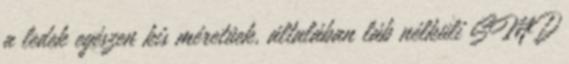
a ledek egészen kis méretûek, általában láb nélküli SMD